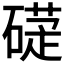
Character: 𥕩